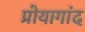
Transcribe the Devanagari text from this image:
प्रोयागांद